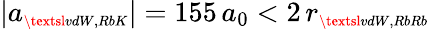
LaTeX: |a_{\scriptscriptstyle\textsl{vdW,RbK}}|=155\, a_{0}<2\, r_{\scriptscriptstyle\textsl{vdW,RbRb}}